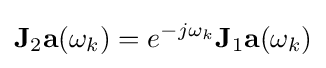
\mathbf {J} _{2}\mathbf {a} (\omega _{k})=e^{-j\omega _{k}}\mathbf {J} _{1}\mathbf {a} (\omega _{k})